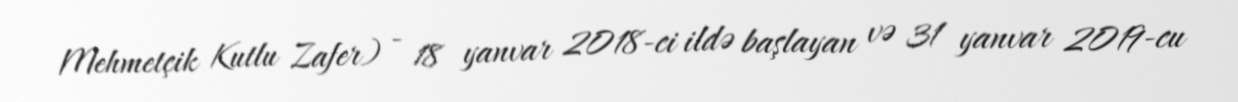
Mehmetçik Kutlu Zafer) - 18 yanvar 2018-ci ildə başlayan və 31 yanvar 2019-cu